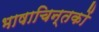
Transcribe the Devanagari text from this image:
भाषाचिन्तकों